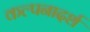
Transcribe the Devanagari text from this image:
कल्पनादर्श